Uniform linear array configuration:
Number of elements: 48
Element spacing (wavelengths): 0.5
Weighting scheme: blackman
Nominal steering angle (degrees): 0
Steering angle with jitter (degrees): -1.176
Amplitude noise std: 0.05
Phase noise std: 0.05

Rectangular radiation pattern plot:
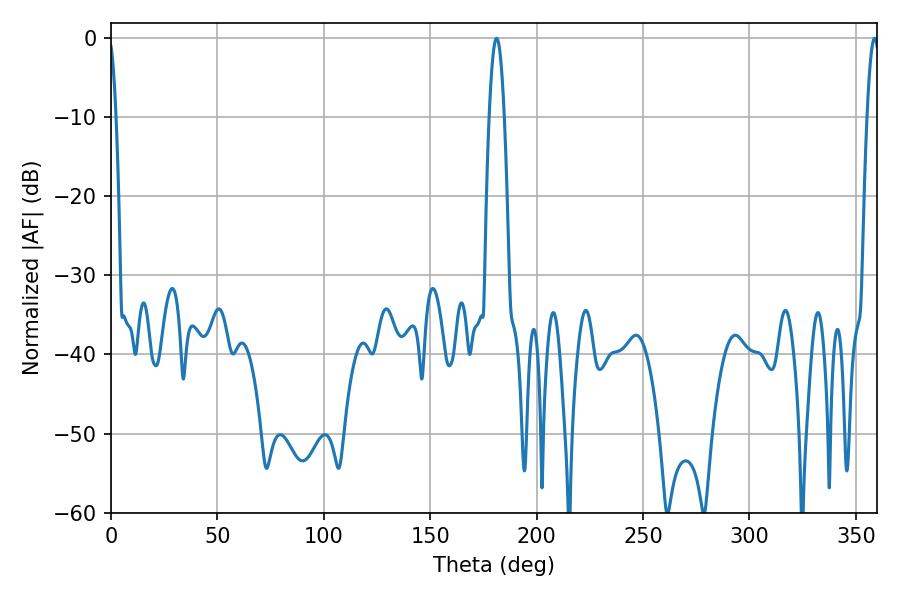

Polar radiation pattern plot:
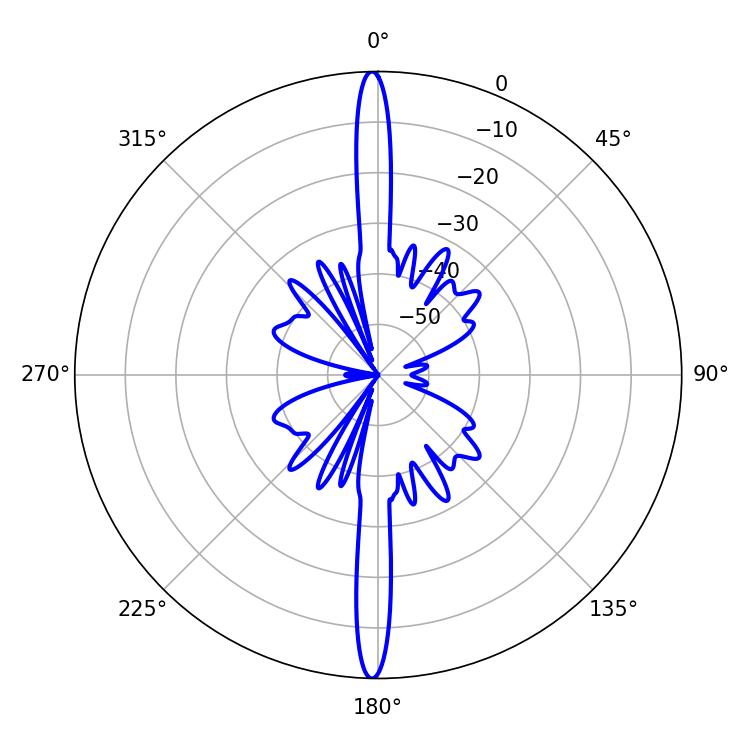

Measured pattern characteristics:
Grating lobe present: FALSE
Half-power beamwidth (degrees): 3.06
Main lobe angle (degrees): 358.74